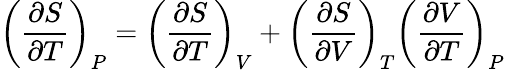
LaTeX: \left({\frac{\partial S}{\partial T}}\right)_{P}=\left({\frac{\partial S}{\partial T}}\right)_{V}+\left({\frac{\partial S}{\partial V}}\right)_{T}\left({\frac{\partial V}{\partial T}}\right)_{P}